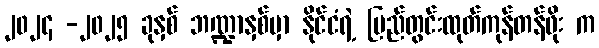
၂၀၂၄ -၂၀၂၅ ခုနှစ် ဘဏ္ဍာနှစ်မှာ နိုင်ငံရဲ့ ပြည်တွင်းထုတ်ကုန်တန်ဖိုး က